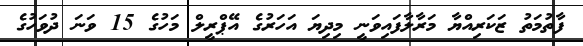
ފާތުމަތު ޒަކަރިއްޔާ މަރާލާފައިވަނީ މިދިޔަ އަހަރުގެ އޭޕްރީލް މަހުގެ 15 ވަނަ ދުވަހުގެ